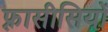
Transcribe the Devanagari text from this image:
फ़्रासीसियों